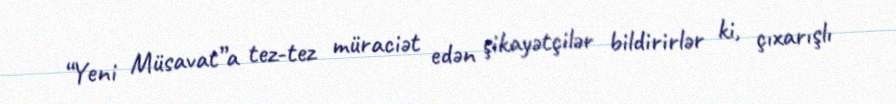
“Yeni Müsavat”a tez-tez müraciət edən şikayətçilər bildirirlər ki, çıxarışlı